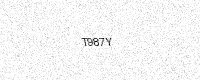
Text: T987Y